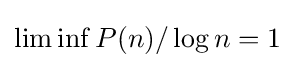
\liminf P(n)/\log n=1